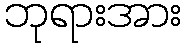
ဘုရားအား